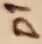
Text: D1